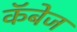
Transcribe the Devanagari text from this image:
कॅबेज